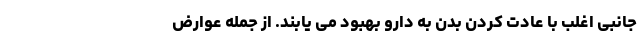
جانبی اغلب با عادت کردن بدن به دارو بهبود می یابند. از جمله عوارض